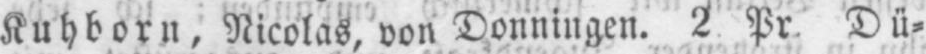
Kuhborn, Nicolas, von Donningen. 2. Pr. Dü⸗